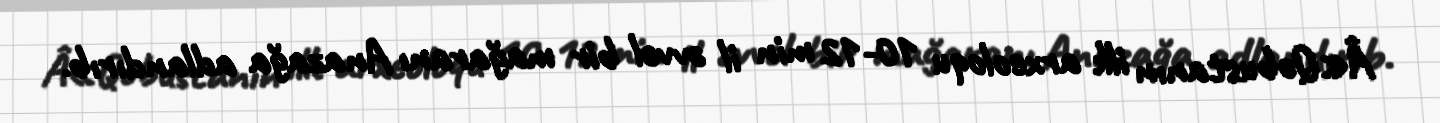
Â«Qobustanın ilk arxeoloqu 10-12 min il əvvəl bir mağaranı Anazağa adlandırıb.